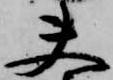
夫